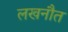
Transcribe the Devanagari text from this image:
लखनौत